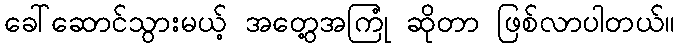
ခေါ်ဆောင်သွားမယ့် အတွေ့အကြုံ ဆိုတာ ဖြစ်လာပါတယ်။